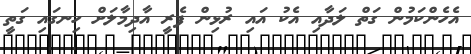
އެހެންކަމުން ގަތް ލަދާއި އެކު އައި ރުޅިން ފެރީ އާދިމާލަށް ހިނގައި ގަތީ